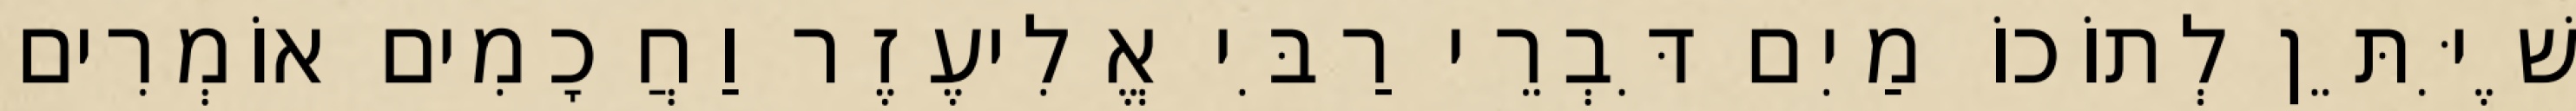
שֶׁיִּתֵּן לְתוֹכוֹ מַיִם דִּבְרֵי רַבִּי אֱלִיעֶזֶר וַחֲכָמִים אוֹמְרִים